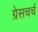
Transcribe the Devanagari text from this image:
ग्रेसचर्च